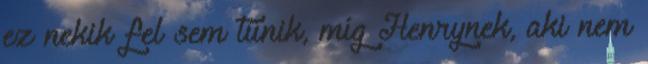
ez nekik fel sem tűnik, míg Henrynek, aki nem